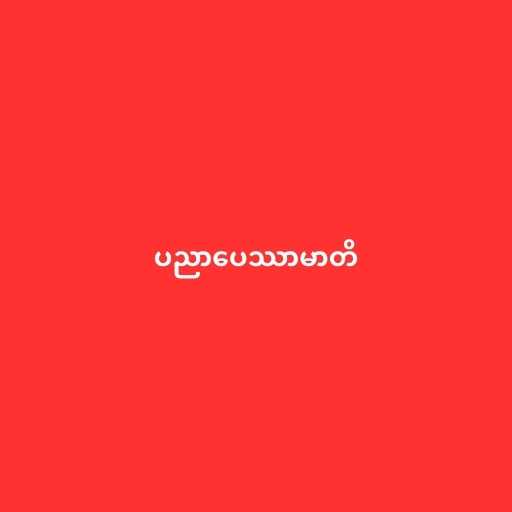
ပညာပေဿာမာတိ